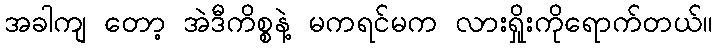
အခါကျ တော့ အဲဒီကိစ္စနဲ့ မကရင်မက လားရှိုးကိုရောက်တယ်။